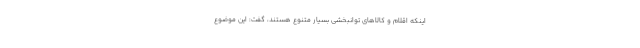
اینکه اقلام و کالاهای توانبخشی بسیار متنوع هستند، گفت:‌ این موضوع